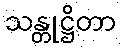
သန္တုဋ္ဌိတာ